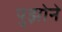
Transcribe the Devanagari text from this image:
पुझोने